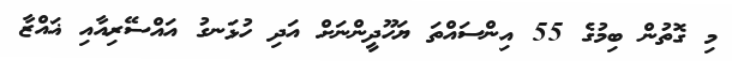
މި ގޮތުން ބިމުގެ 55 އިންސައްތަ ޔަހޫދީންނަށް އަދި ހުޅަނގު އައްސޭރިއާއި ޣައްޒާ